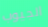
الجيوب